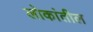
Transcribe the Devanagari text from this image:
लोकांतील